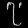
Digit: ၇